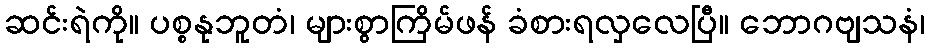
ဆင်းရဲကို။ ပစ္စနုဘူတံ၊ များစွာကြိမ်ဖန် ခံစားရလှလေပြီ။ ဘောဂဗျသနံ၊